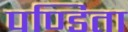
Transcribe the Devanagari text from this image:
पण्डिता